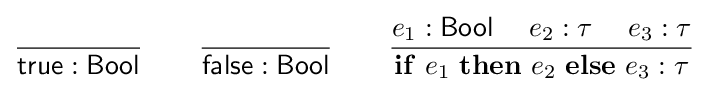
{\frac {}{{\mathsf {true}}:{\mathsf {Bool}}}}\qquad {\frac {}{{\mathsf {false}}:{\mathsf {Bool}}}}\qquad {\frac {e_{1}:{\mathsf {Bool}}\quad \;e_{2}:\tau \quad \;e_{3}:\tau }{\mathbf {if} \ e_{1}\ \mathbf {then} \ e_{2}\ \mathbf {else} \ e_{3}:\tau }}